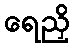
ရေညှိ